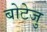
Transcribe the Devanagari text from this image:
बोटेजु